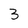
Character: 3